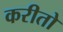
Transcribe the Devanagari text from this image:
करीतो